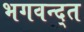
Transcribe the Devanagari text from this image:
भगवन्द्त